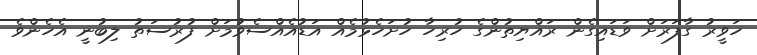
ހަވީރު ގާފަރަށް ވަޑައިގެން ރައްޔިތުންގެ ހުރިހާ ހުށަހެޅުމެއް އަޑުއެއްސެވުމަށް ފުރުސަތު ލިބުނީ އެހެންވެ